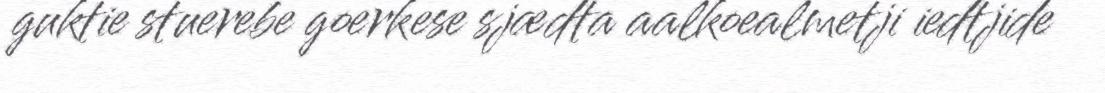
guktie stuerebe goerkese sjædta aalkoealmetji iedtjide